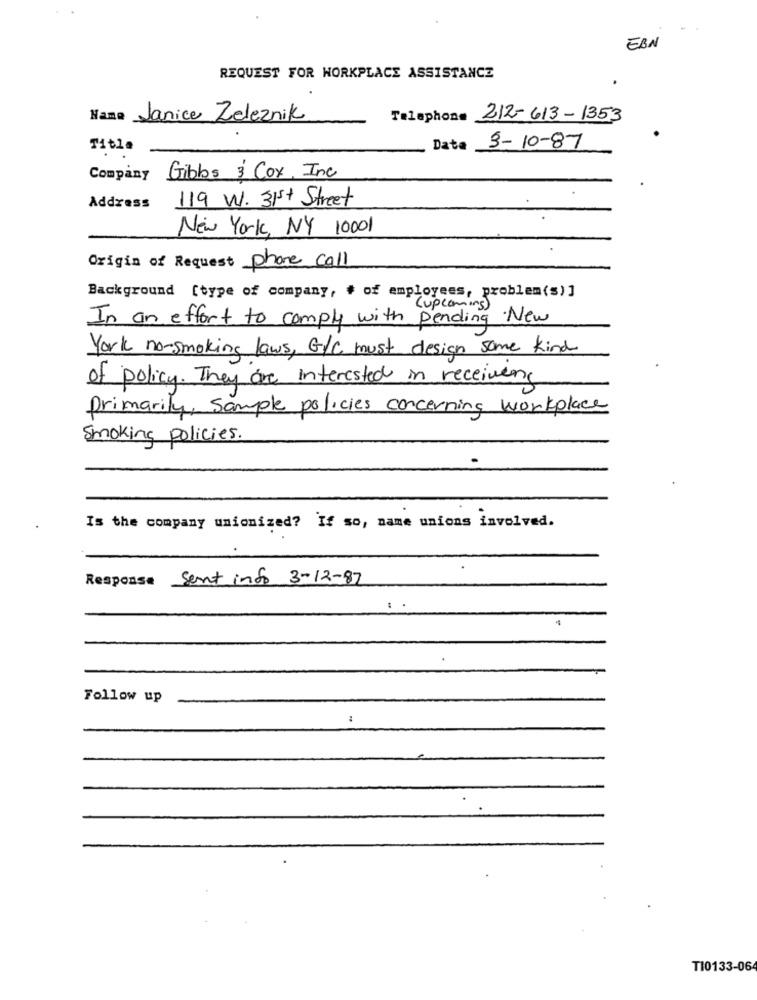
EBN
REQUEST FOR WORKPLACE ASSISTANCE
Hane Janice Zeleznik
Telephone 212-613-1353
Title
Data 3-10-87
Company Gibbs 3' Cox, Inc
119 W. 31st Street
Address
New York, NY 10001
Origin of Request phone call
Background [type of company, # of employees, problem(s) ]
(upcoming )
In an effort to comply with pending New
York no-smoking laws, G/C must design some kind
of policy. They are interested in receiving
primarily, sample policies concerning workplace
Smoking policies.
Is the company unionized? If so, name unions involved.
Response Sent info 3-12-87
Follow up
TI0133-064